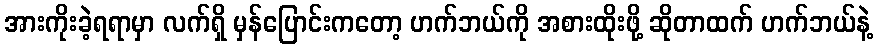
အားကိုးခဲ့ရရာမှာ လက်ရှိ မှန်ပြောင်းကတော့ ဟက်ဘယ်ကို အစားထိုးဖို့ ဆိုတာထက် ဟက်ဘယ်နဲ့